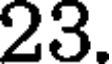
23.